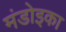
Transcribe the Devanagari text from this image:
मंडोइका